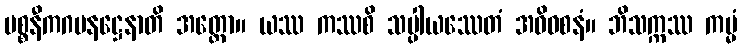
ပစ္စနီကဂမနဋ္ဌေနာတိ အတ္ထော။ ယဿ ကဿစိ သပ္ပါယဿေတံ အဓိဝစနံ။ ဘိသက္ကဿ ကမ္မံ